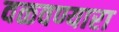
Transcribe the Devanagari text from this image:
वळवण्यारा